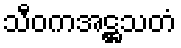
သီဝကအဋ္ဌသတံ